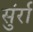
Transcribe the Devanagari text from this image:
सुंर्रा